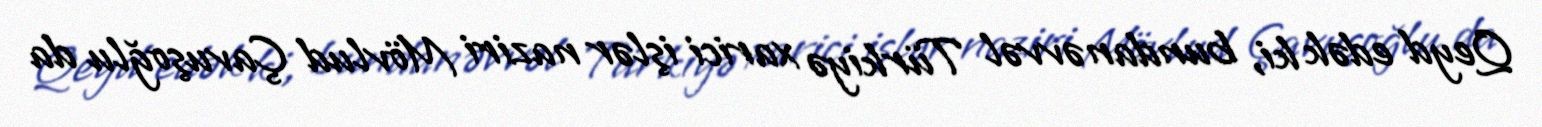
Qeyd edək ki, bundan əvvəl Türkiyə xarici işlər naziri Mövlud Çavuşoğlu da